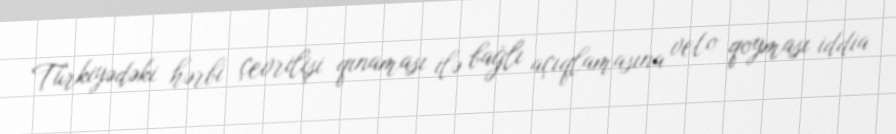
Türkiyədəki hərbi çevrilişi qınaması ilə bağlı açıqlamasına veto qoyması iddia